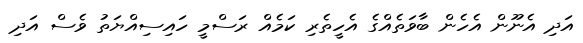
އަދި އެނޫން އެހެން ބާވަތެއްގެ އެހީތެރި ކަމެއް ރަސްމީ ހައިސިއްޔަތު ވެސް އަދި